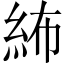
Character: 𥿠